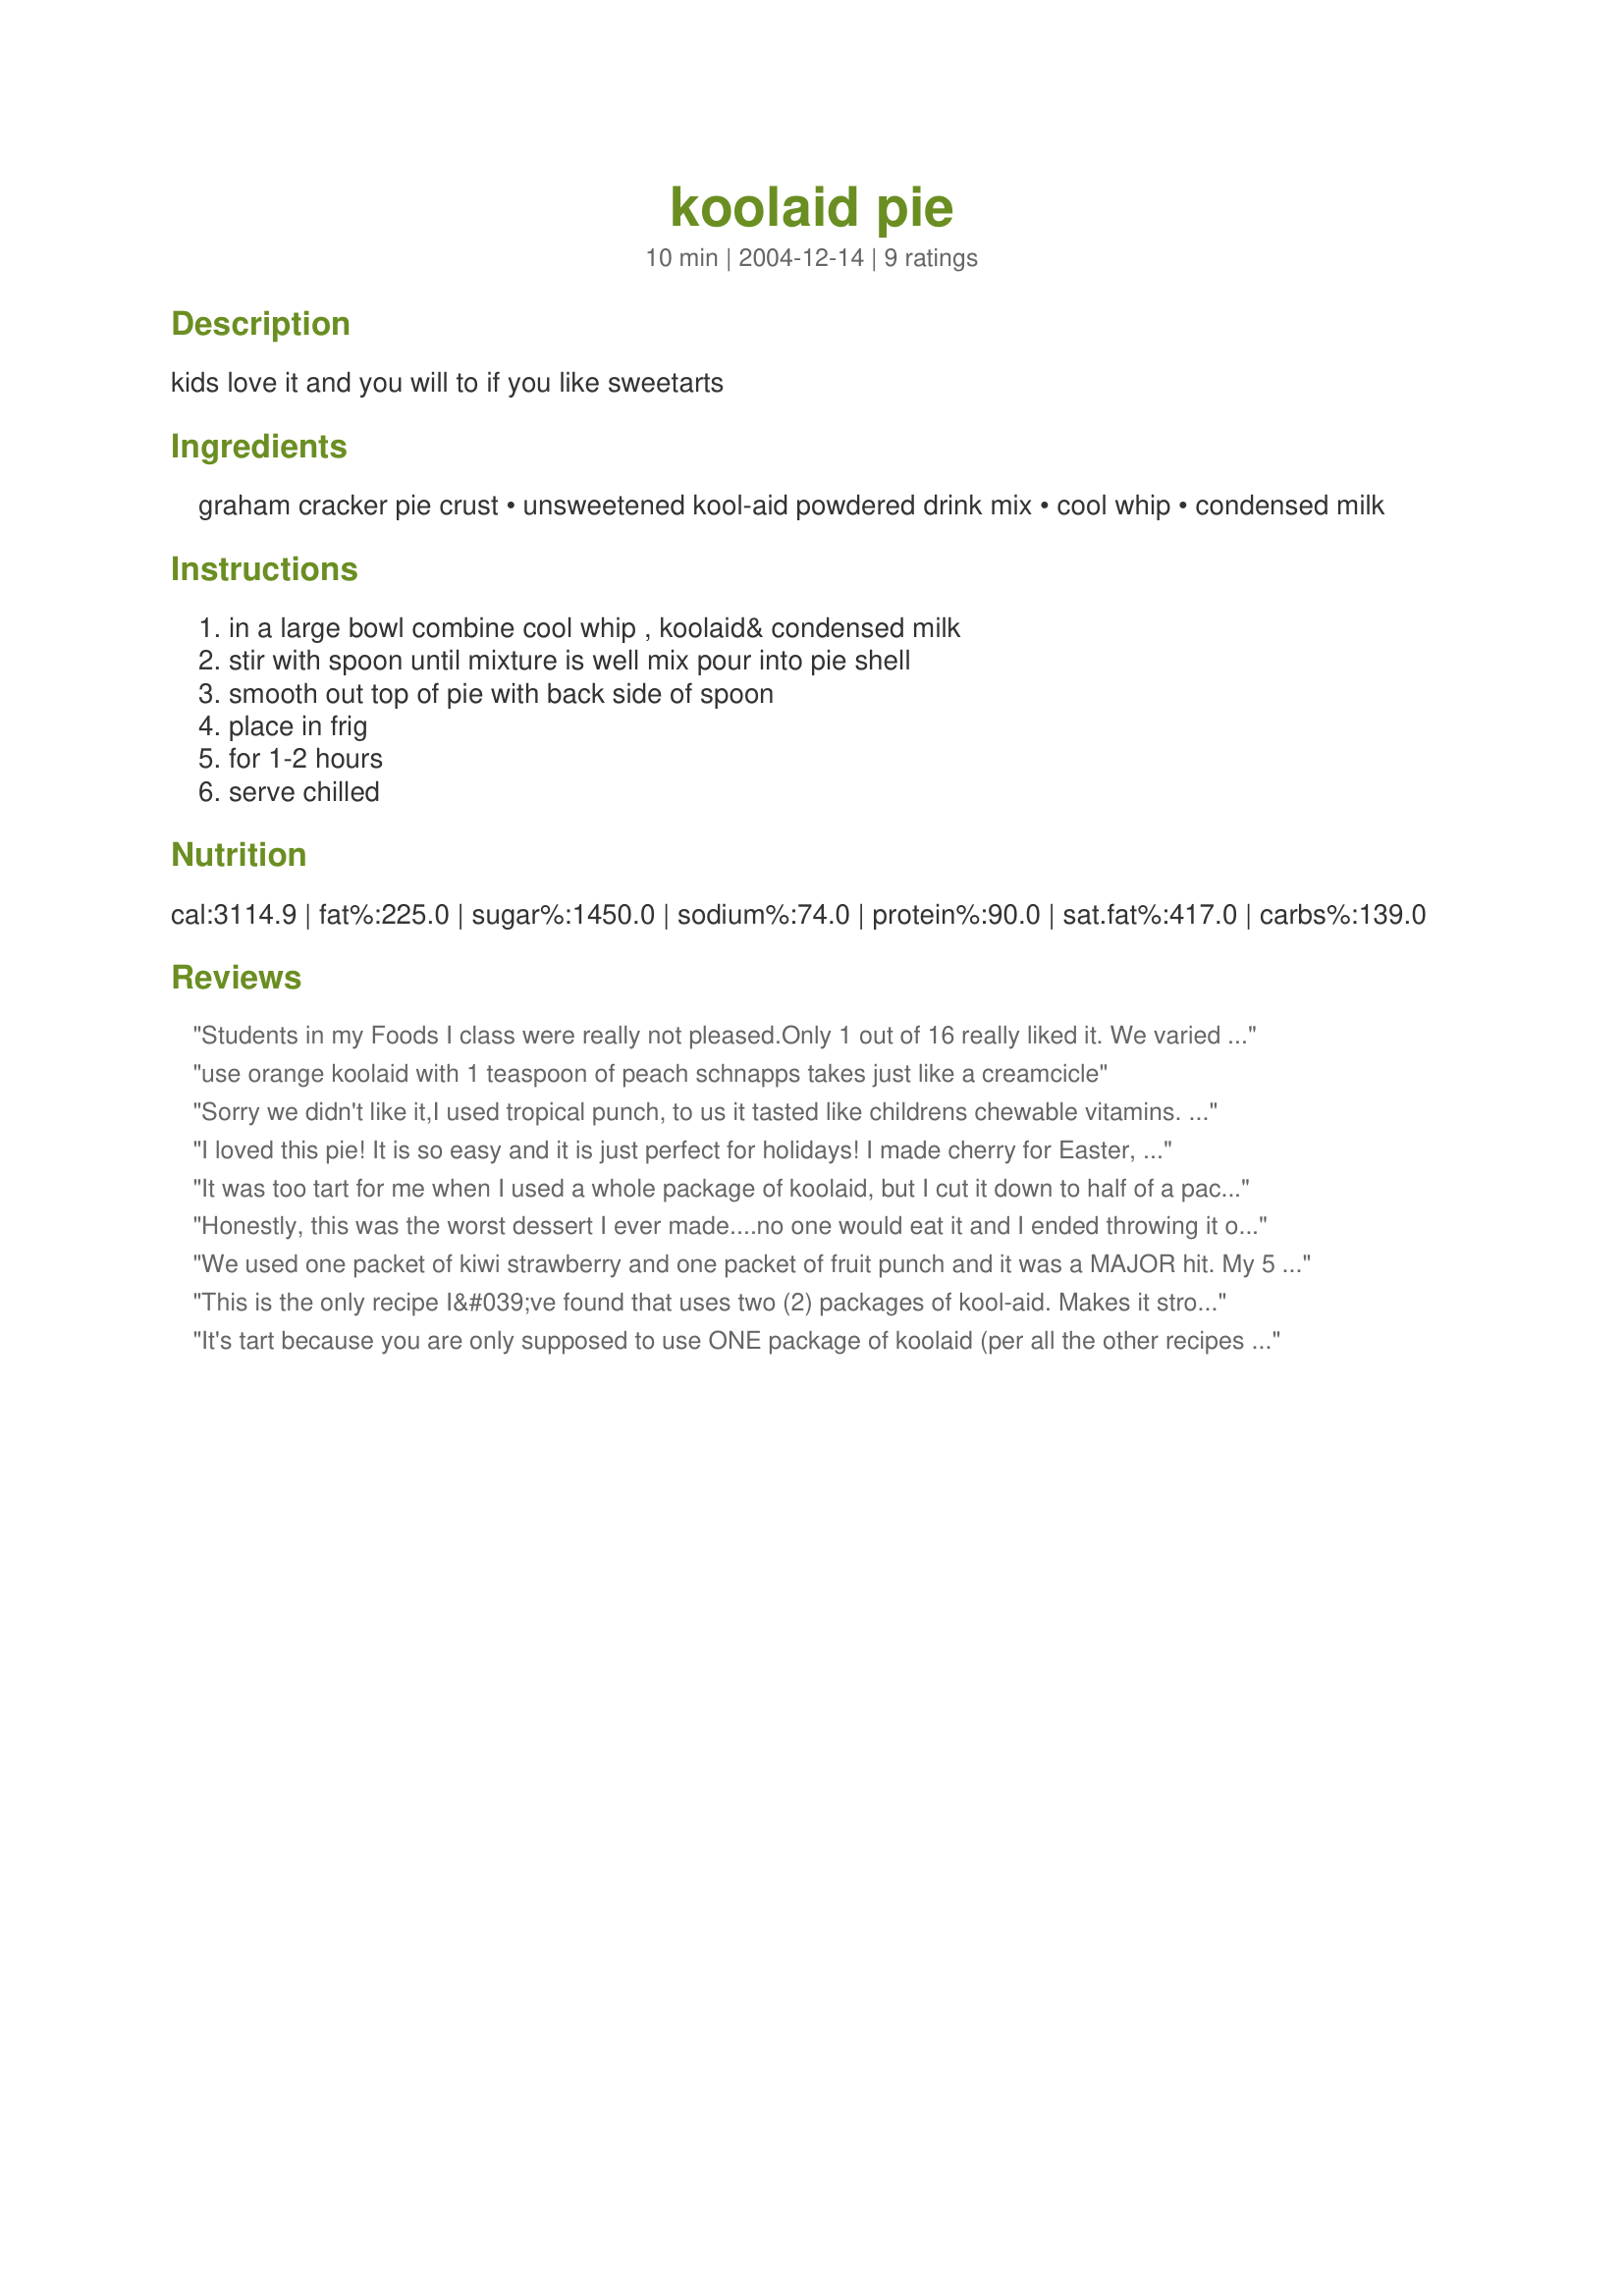
koolaid pie
Preparation time: 10 minutes

kids love it and you will to if you like sweetarts

Ingredients:
graham cracker pie crust, unsweetened kool-aid powdered drink mix, cool whip, condensed milk

Steps:
in a large bowl combine cool whip , koolaid& condensed milk, stir with spoon until mixture is well mix pour into pie shell, smooth out top of pie with back side of spoon, place in frig, for 1-2 hours, serve chilled

Reviews:
Students in my Foods I class were really not pleased.Only 1 out of 16 really liked it. We varied it through kool-aid flavors and the amount (1 and 2 pks. kool-aid). In my opinion, it makes a great light dessert, however. Do you think cream cheese and/or sugar could be added to give it more flavor?
use orange koolaid
with 1 teaspoon of peach schnapps takes just like a creamcicle
Sorry we didn't like it,I used tropical punch, to us it tasted like childrens chewable vitamins. Maybe a different flavor would have tasted better-Like Lemon. Was WICKED easy to prepare.
I loved this pie! It is so easy and it is just perfect for holidays! I made cherry for Easter, for 4th of July I might try swirling a red and a blue kool-aid flavor. Even though I love SweeTarts though, this was a little bit too tart for me. I had to add 2 tbsp of powdered sugar. Still very tarty though. Thanks for this versitile and yummy recipe!
It was too tart for me when I used a whole package of koolaid, but I cut it down to half of a package (pink lemonade made it taste just like lemon icebox pie!) and it was perfect!
Honestly, this was the worst dessert I ever made....no one would eat it and I ended throwing it out......
We used one packet of kiwi strawberry and one packet of fruit punch and it was a MAJOR hit. My 5 yr old now calls it Laffy Taffy pie :) Thanks
This is the only recipe I&#039;ve found that uses two (2) packages of kool-aid. Makes it stronger flavored for sure. Not sure which is better, but like the desert.
It's tart because you are only supposed to use ONE package of koolaid (per all the other recipes for koolaid pie I know) Try it with one and see if it's better!
